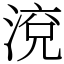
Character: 渷